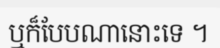
ឬក៏បែបណានោះទេ ។